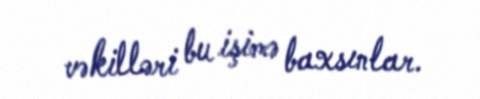
vəkilləri bu işimə baxsınlar.